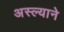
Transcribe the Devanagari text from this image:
अस्ल्याने